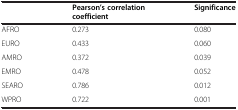
<table><thead><tr><td><b> </b></td><td><b>Pearson’s correlation coefficient</b></td><td><b>Significance</b></td></tr></thead><tbody><tr><td>AFRO</td><td>0.273</td><td>0.080</td></tr><tr><td>EURO</td><td>0.433</td><td>0.060</td></tr><tr><td>AMRO</td><td>0.372</td><td>0.039</td></tr><tr><td>EMRO</td><td>0.478</td><td>0.052</td></tr><tr><td>SEARO</td><td>0.786</td><td>0.012</td></tr><tr><td>WPRO</td><td>0.722</td><td>0.001</td></tr></tbody></table>